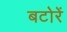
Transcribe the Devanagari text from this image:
बटोरें